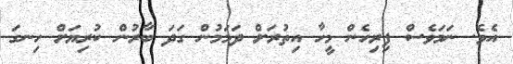
އެވެ. ނަމަވެސް ފިރިހެން މީހާ އިތުރަށް ދަމަމުން ގަދަ ބާރުން ކުރިޔަށް ހިނގަ